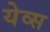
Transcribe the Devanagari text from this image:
येव्स